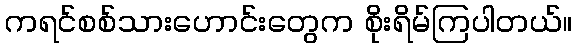
ကရင်စစ်သားဟောင်းတွေက စိုးရိမ်ကြပါတယ်။